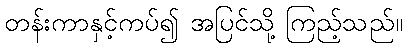
တန်းကာနှင့်ကပ်၍ အပြင်သို့ ကြည့်သည်။